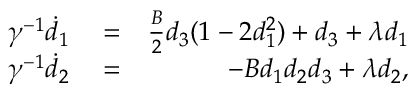
\begin{array} { r l r } { \gamma ^ { - 1 } \dot { d } _ { 1 } } & { { } = } & { \frac { B } { 2 } d _ { 3 } ( 1 - 2 d _ { 1 } ^ { 2 } ) + d _ { 3 } + \lambda d _ { 1 } } \\ { \gamma ^ { - 1 } \dot { d } _ { 2 } } & { { } = } & { - B d _ { 1 } d _ { 2 } d _ { 3 } + \lambda d _ { 2 } , } \end{array}